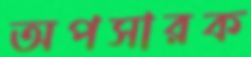
অপসারক